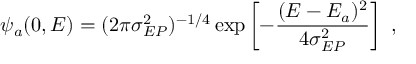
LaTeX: \psi _ { a } ( 0 , E ) = ( 2 \pi \sigma _ { E P } ^ { 2 } ) ^ { - 1 / 4 } \exp \left[ - \frac { ( E - E _ { a } ) ^ { 2 } } { 4 \sigma _ { E P } ^ { 2 } } \right] \ ,